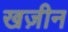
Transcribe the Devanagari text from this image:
खज़ीन